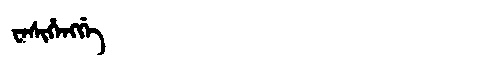
Manchu: ᠸᡝᠰᡳᡥᡝᠩᡤᡝ
Romanization: WESIHENGGE